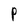
Character: P